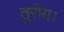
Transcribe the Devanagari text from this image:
तुरीय।